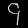
Digit: ၄